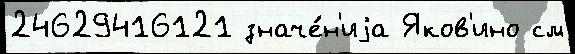
24629416121 значе́н'иjа Яков'ино см